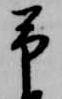
予